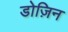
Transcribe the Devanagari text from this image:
डोज़िन